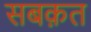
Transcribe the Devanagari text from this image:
सबक़त